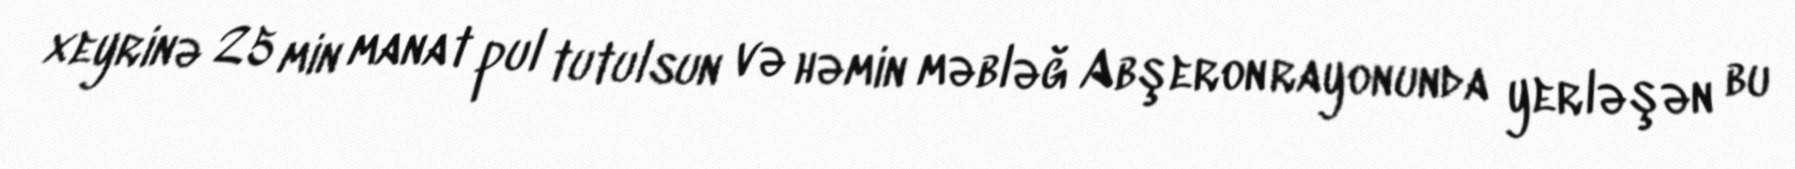
xeyrinə 25 min manat pul tutulsun və həmin məbləğ Abşeron rayonunda yerləşən bu